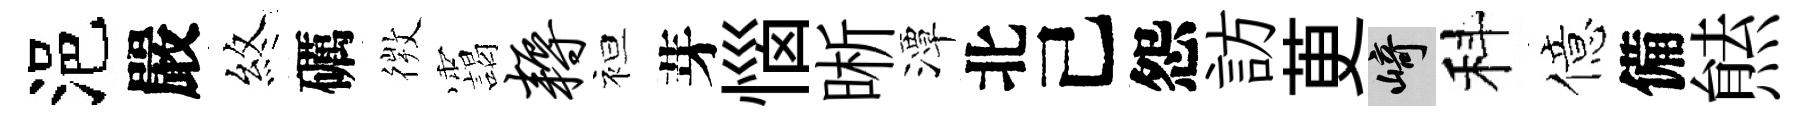
浥嚴煞礪𢕄靄耨袒芽惱晰潭北己怨訪茰崎科億備㷱